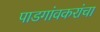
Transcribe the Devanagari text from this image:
पाडगांवकरांचा